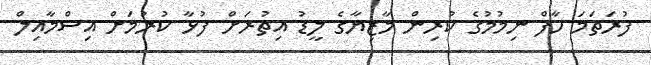
ފުރަތަމަ ހާފް ނިމުމުގެ ކުރިން މާޒިޔާގެ ލީޑު އިތުރަށް ފުޅާ ކުރުމަށް އިސްމާއިލް